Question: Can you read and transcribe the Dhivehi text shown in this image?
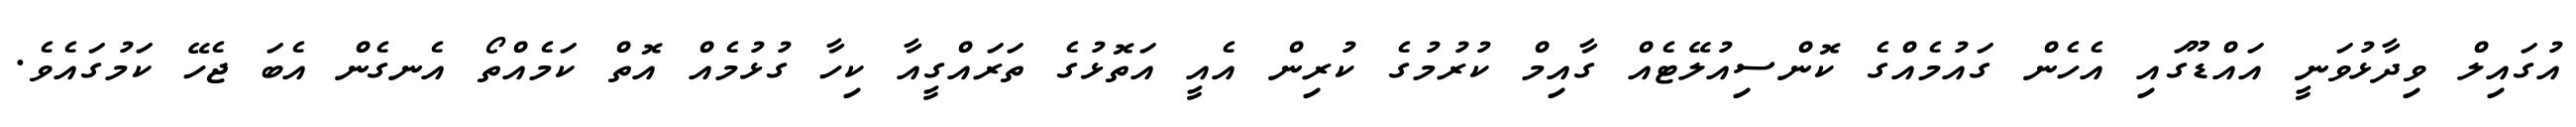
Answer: އުގައިލް ވިދާޅުވަނީ އައްޑޫގައި އެހެން ގައުމެއްގެ ކޮންސިއުލޭޓެއް ގާއިމް ކުރުމުގެ ކުރިން އެއީ އަތޮޅުގެ ތަރައްގީއާ ކިހާ ގުޅުމެއް އޮތް ކަމެއްތޯ އެނގެން އެބަ ޖެހޭ ކަމުގައެވެ.